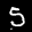
Label: 5